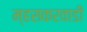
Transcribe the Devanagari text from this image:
म्हसकरवाडी